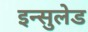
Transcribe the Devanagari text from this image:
इन्सुलेड